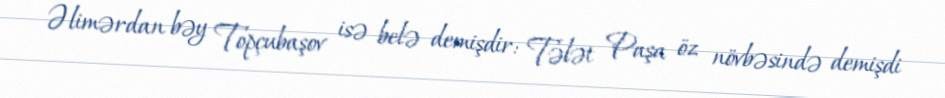
Əlimərdan bəy Topçubaşov isə belə demişdir: Tələt Paşa öz növbəsində demişdi